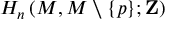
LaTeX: H _ { n } \left( M , M \setminus \{ p \} ; \mathbf { Z } \right)